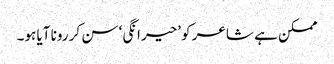
ممکن ہے شاعر کو ’حیرانگی‘ سن کر رونا آیا ہو۔